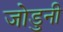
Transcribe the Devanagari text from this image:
जोडुनी